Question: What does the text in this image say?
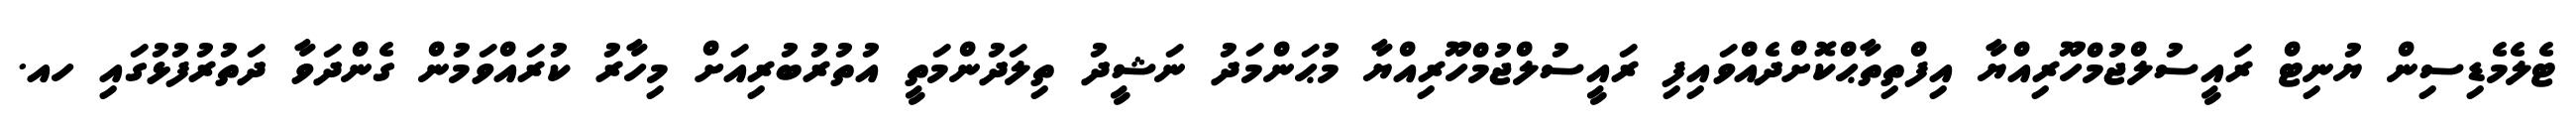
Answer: ޓެލެމެޑިސިން ޔުނިޓް ރައީސުލްޖުމްހޫރިއްޔާ އިފްތިތާޙްކޮށްދެއްވައިފި ރައީސުލްޖުމްހޫރިއްޔާ މުޙަންމަދު ނަޝީދު ތިލަދުންމަތީ އުތުރުބުރިއަށް މިހާރު ކުރައްވަމުން ގެންދަވާ ދަތުރުފުޅުގައި ހއ.